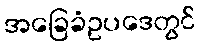
အခြေခံဥပဒေတွင်